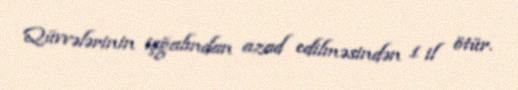
Qüvvələrinin işğalından azad edilməsindən 1 il ötür.